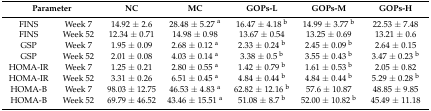
| <COLSPAN=2> Parameter | NC | MC | GOPs-L | GOPs-M | GOPs-H |
 | --- | --- | --- | --- | --- | --- | --- |
 | FINS | Week 7 | 14.92 ± 2.6 | 28.48 ± 5.27 a | 16.47 ± 4.18 b | 14.99 ± 3.77 b | 22.53 ± 7.48 |
 | FINS | Week 52 | 12.34 ± 0.71 | 14.98 ± 0.98 | 13.67 ± 0.54 | 13.25 ± 0.69 | 13.21 ± 0.6 |
 | GSP | Week 7 | 1.95 ± 0.09 | 2.68 ± 0.12 a | 2.33 ± 0.24 b | 2.45 ± 0.09 b | 2.64 ± 0.15 |
 | GSP | Week 52 | 2.01 ± 0.08 | 4.03 ± 0.14 a | 3.38 ± 0.5 b | 3.55 ± 0.43 b | 3.47 ± 0.23 b |
 | HOMA-IR | Week 7 | 1.25 ± 0.21 | 2.80 ± 0.55 a | 1.42 ± 0.79 b | 1.61 ± 0.53 b | 2.05 ± 0.82 |
 | HOMA-IR | Week 52 | 3.31 ± 0.26 | 6.51 ± 0.45 a | 4.84 ± 0.44 b | 4.84 ± 0.44 b | 5.29 ± 0.28 b |
 | HOMA-B | Week 7 | 98.03 ± 12.75 | 46.53 ± 4.83 a | 62.82 ± 12.16 b | 57.6 ± 10.87 | 48.85 ± 9.85 |
 | HOMA-B | Week 52 | 69.79 ± 46.52 | 43.46 ± 15.51 a | 51.08 ± 8.7 b | 52.00 ± 10.82 b | 45.49 ± 11.18 |